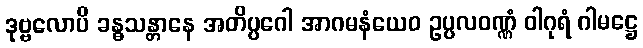
ဒုဗ္ဗလောပိ ခန္ဓသန္တာနေ အတိပ္ပဂေါ အာဂမနံယေဝ ဥပ္ပလဝဏ္ဏံ ဝါဂုရံ ဂါမဋ္ဌေ